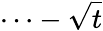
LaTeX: \cdots-\sqrt{t}